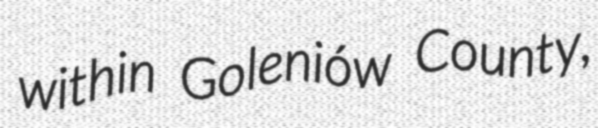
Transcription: within Goleniów County,